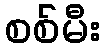
စစ်မီး